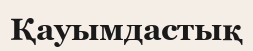
Қауымдастық